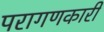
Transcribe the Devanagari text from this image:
परागणकारी